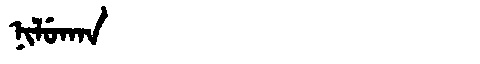
Manchu: ᠨᡳᠯᡠᡴᠠᠨ
Romanization: NILUKAN